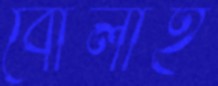
বোলাই